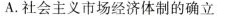
A.社会主义市场经济体制的确立